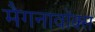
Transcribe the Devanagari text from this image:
मैगनावॉक्स